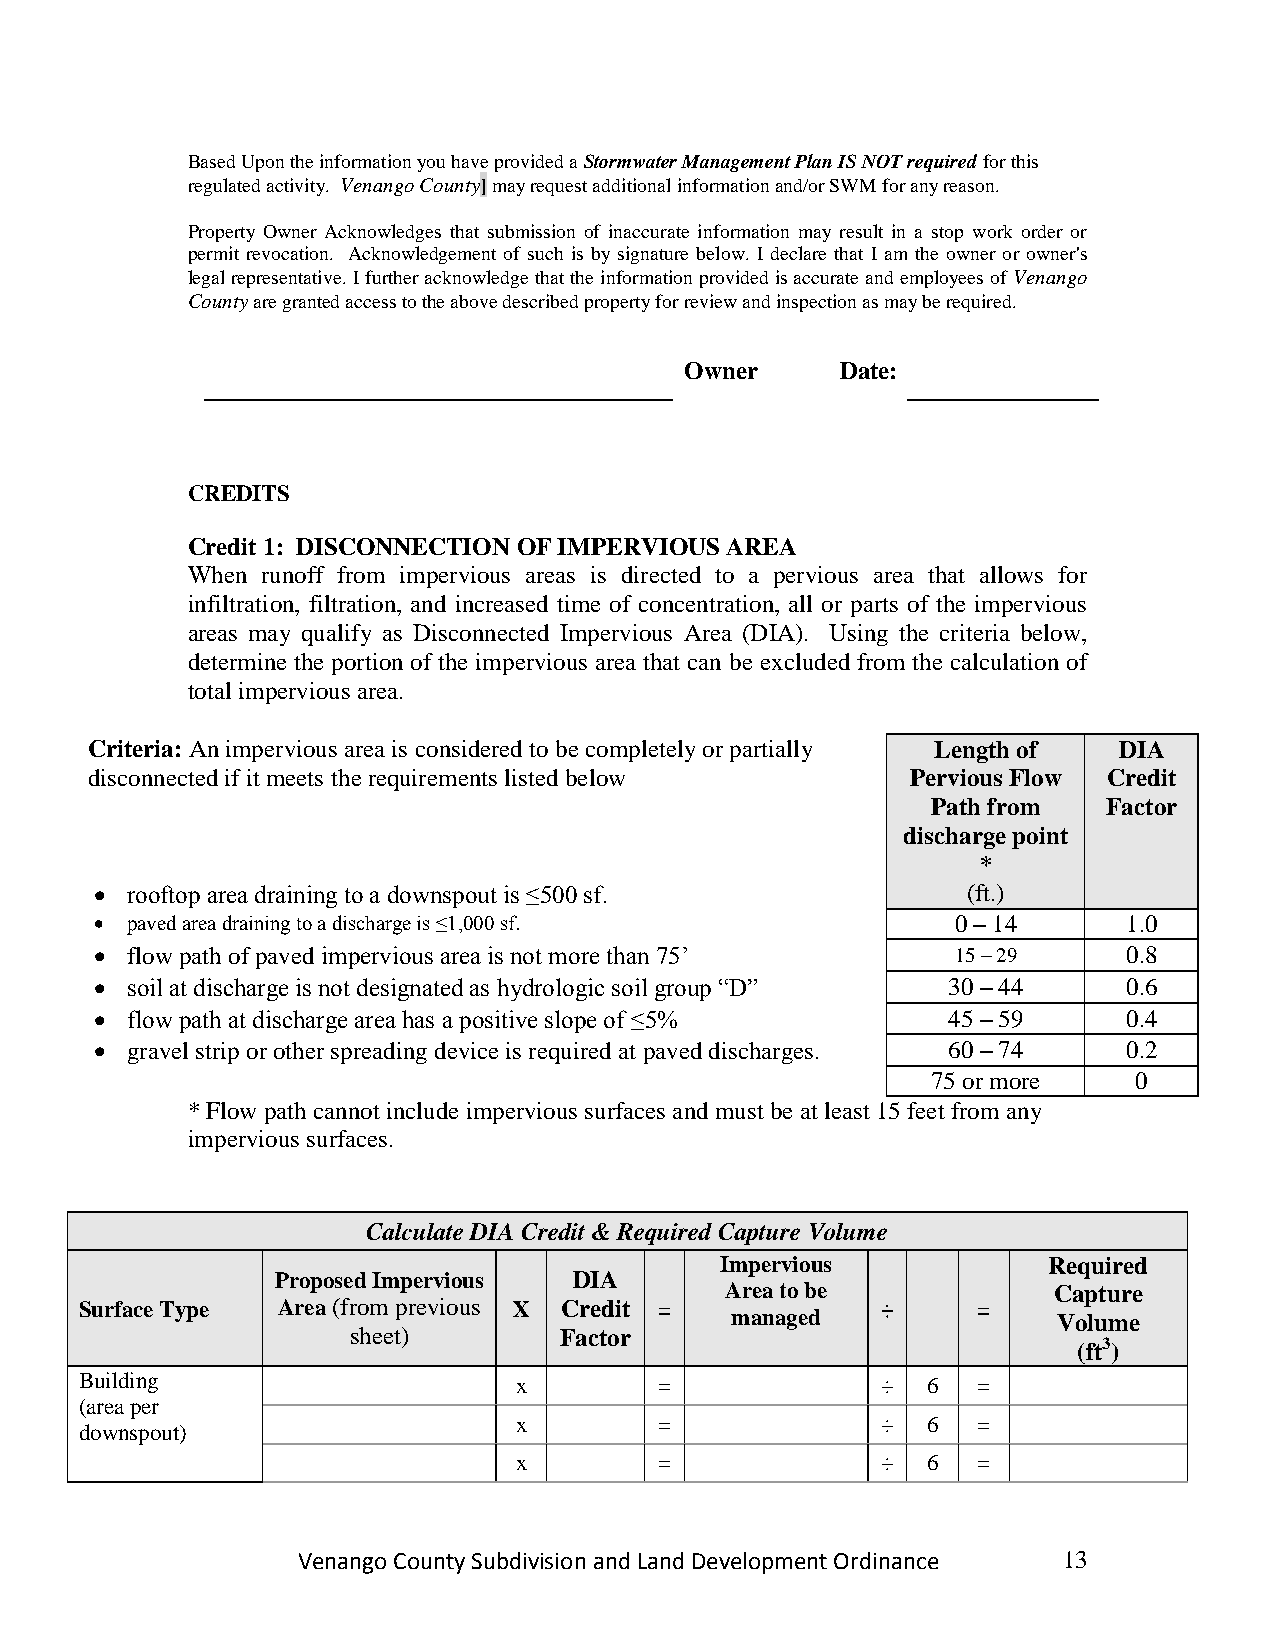
Based Upon the information you have provided a Stormwater Management Plan IS NOT required for this
 regulated activity. Venango County] may request additional information and/or SWM for any reason.
 Property Owner Acknowledges that submission of inaccurate information may result in a stop work order or
 permit revocation. Acknowledgement of such is by signature below. I declare that I am the owner or owner's
 legal representative. I further acknowledge that the information provided is accurate and employees of Venango
 County are granted access to the above described property for review and inspection as may be required.
 Owner      Date:
 CREDITS
 Credit 1: DISCONNECTION OF IMPERVIOUS AREA
 When runoff from impervious areas is directed to a pervious area that allows for
 infiltration, filtration, and increased time of concentration, all or parts of the impervious
 areas may qualify as Disconnected Impervious Area (DIA). Using the criteria below,
 determine the portion of the impervious area that can be excluded from the calculation of
 total impervious area.
 Criteria: An impervious area is considered to be completely or partially Length of DIA
 disconnected if it meets the requirements listed below Pervious Flow Credit
 Path from  Factor
 discharge point
 *
  rooftop area draining to a downspout is ≤500 sf.        (ft.)
  paved area draining to a discharge is ≤1,000 sf.       0 – 14      1.0
  flow path of paved impervious area is not more than 75‟ 15 – 29    0.8
  soil at discharge is not designated as hydrologic soil group “D” 30 – 44 0.6
  flow path at discharge area has a positive slope of ≤5% 45 – 59    0.4
  gravel strip or other spreading device is required at paved discharges. 60 – 74 0.2
 75 or more   0
 * Flow path cannot include impervious surfaces and must be at least 15 feet from any
 impervious surfaces.
 Calculate DIA Credit & Required Capture Volume
 Impervious           Required
 Proposed Impervious DIA
 Area to be            Capture
 Surface Type Area (from previous X Credit =          ÷      =
 managed               Volume
 sheet)        Factor
 (ft3)
 Building                     x         =             ÷  6   =
 (area per
 x         =             ÷  6   =
 downspout)
 x         =             ÷  6   =
 Venango County Subdivision and Land Development Ordinance 13